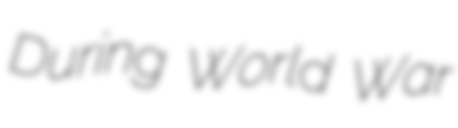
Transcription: During World War